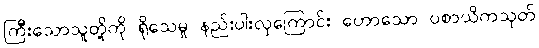
ကြီးသောသူတို့ကို ရိုသေမှု နည်းပါးလှကြောင်း ဟောသော ပစာယိကသုတ်